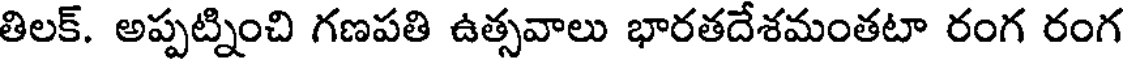
తిలక్. అప్పట్నించి గణపతి ఉత్సవాలు భారతదేశమంతటా రంగ రంగ